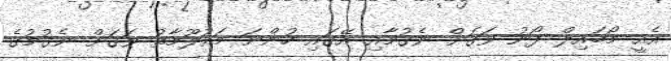
އެއީ މޯބައިލް ފޯނު ވަގަށް ނެގުމާއި އޭގައި ހުންނަ މައުލޫމާތު ވަގަށް ނެގުމުގެ